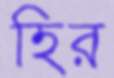
হির